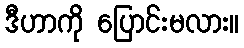
ဒီဟာကို ပြောင်းမလား။